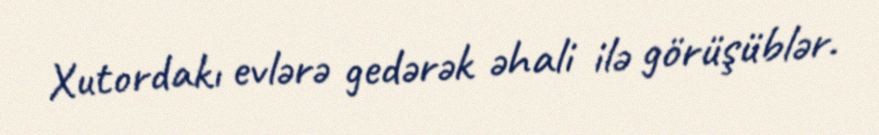
Xutordakı evlərə gedərək əhali ilə görüşüblər.